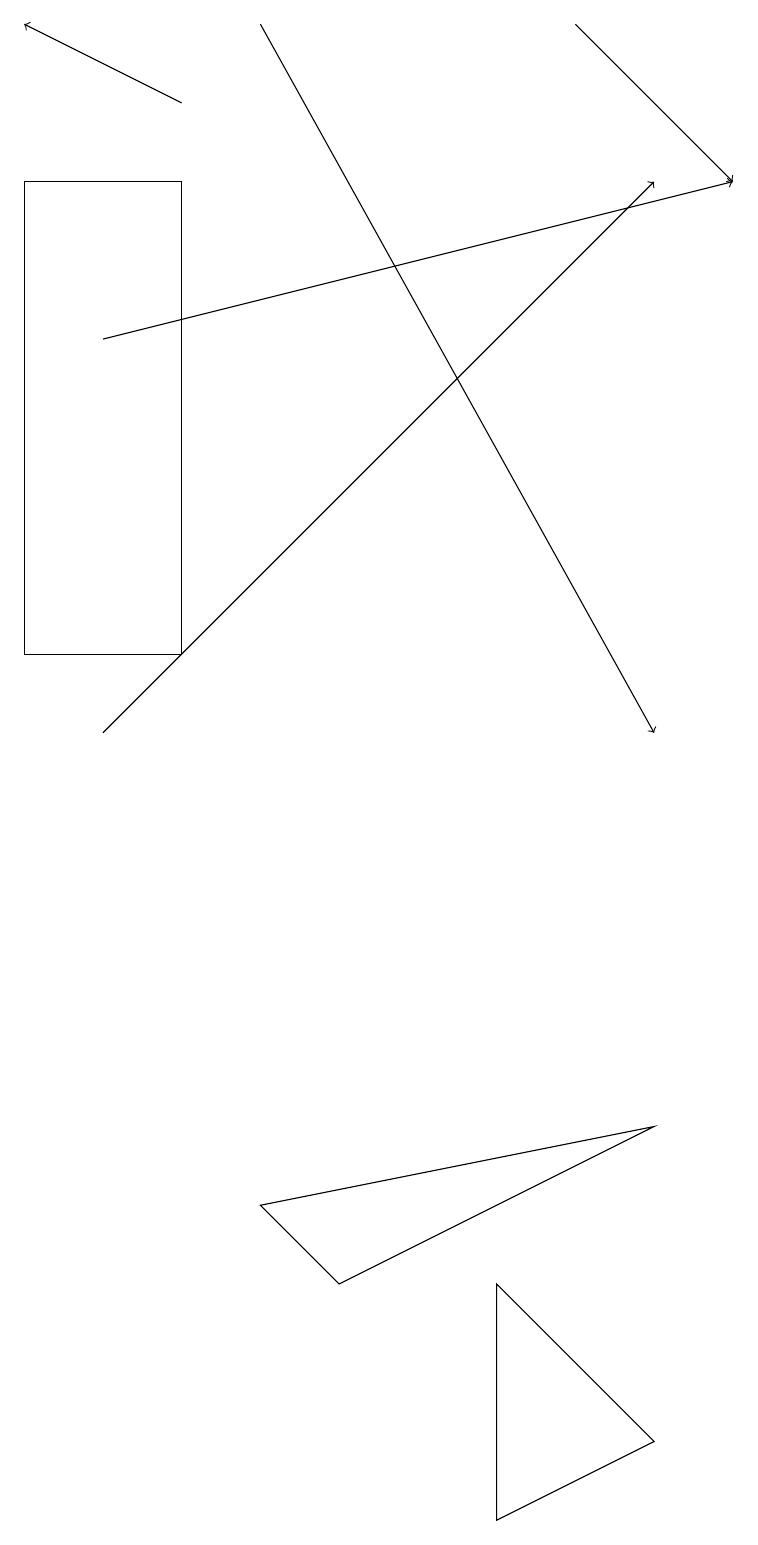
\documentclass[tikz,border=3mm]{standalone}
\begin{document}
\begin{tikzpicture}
\draw (2,11) rectangle (0,17);
\draw (6,0) -- (8,1) -- (6,3) -- cycle;
\draw (8,5) -- (4,3) -- (3,4) -- cycle;
\draw[->] (3,19) -- (8,10);
\draw[->] (1,10) -- (8,17);
\draw[->] (1,15) -- (9,17);
\draw[->] (2,18) -- (0,19);
\draw[->] (7,19) -- (9,17);
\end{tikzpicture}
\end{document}